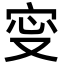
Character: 㝕